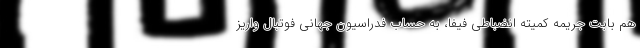
هم بابت جریمه کمیته انضباطی فیفا، به حساب فدراسیون جهانی فوتبال واریز